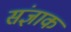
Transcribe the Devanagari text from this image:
संज्ञाक